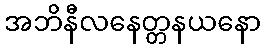
အဘိနီလနေတ္တနယနော